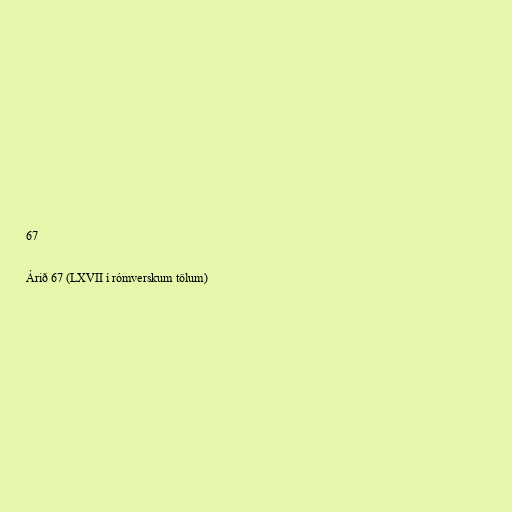
67

Árið 67 (LXVII í rómverskum tölum)